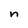
Character: n